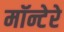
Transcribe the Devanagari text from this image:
मॉन्टेरे